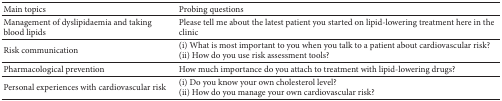
<table><thead><tr><td><b>Main topics</b></td><td><b>Probing questions</b></td></tr></thead><tbody><tr><td>Management of dyslipidaemia and taking blood lipids</td><td>Please tell me about the latest patient you started on lipid-lowering treatment here in the clinic</td></tr><tr><td>Risk communication</td><td>(i) What is most important to you when you talk to a patient about cardiovascular risk?(ii) How do you use risk assessment tools? </td></tr><tr><td>Pharmacological prevention</td><td>How much importance do you attach to treatment with lipid-lowering drugs?</td></tr><tr><td>Personal experiences with cardiovascular risk </td><td>(i) Do you know your own cholesterol level?(ii) How do you manage your own cardiovascular risk?</td></tr></tbody></table>